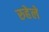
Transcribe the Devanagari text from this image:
रुहेले